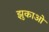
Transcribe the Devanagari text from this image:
झुकाओ